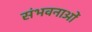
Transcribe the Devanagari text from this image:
संभवनाओं